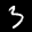
Label: 3